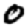
Digit: 0